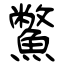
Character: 鱉